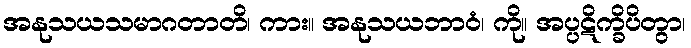
အနုသယသမာဂတာတိ၊ ကား။ အနုသယဘာဝံ၊ ကို။ အပ္ပဋိက္ခိပိတွာ၊